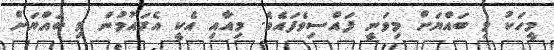
މީހަކު މި ބައްޔަށް މިވަނީ ފައްސިވެފައެވެ. މިއާއި އެކީ އެގައުމުން މި ބައްޔަށް